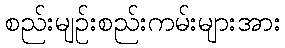
စည်းမျဉ်းစည်းကမ်းများအား